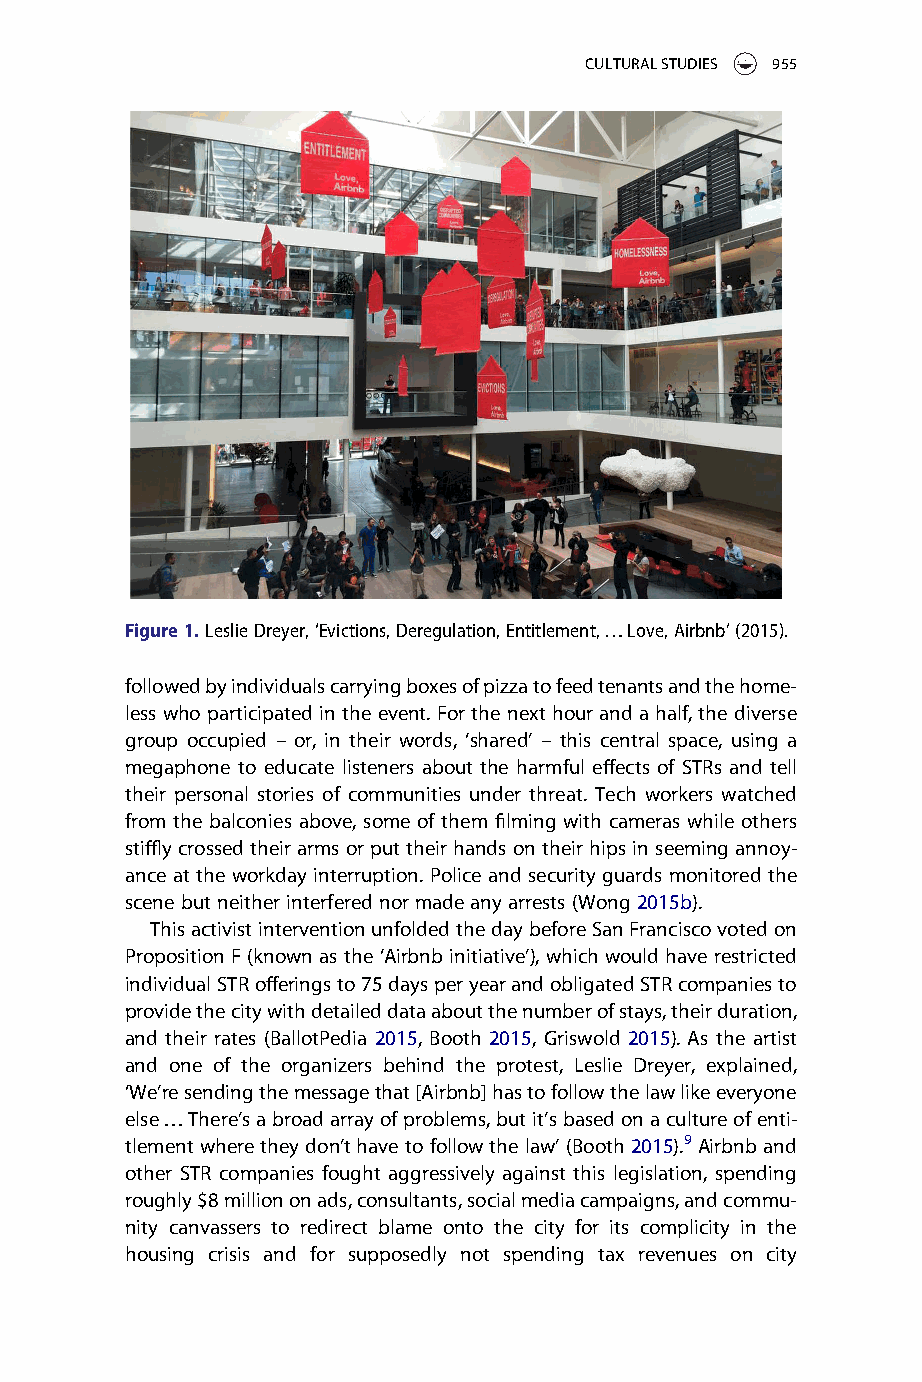
CULTURALSTUDIES 955
 Figure1.LeslieDreyer,‘Evictions,Deregulation,Entitlement,…Love,Airbnb’(2015).
 followedbyindividualscarryingboxesofpizzatofeedtenantsandthehome-
 less whoparticipated inthe event.Forthe nexthourand a half,the diverse
 group occupied – or, in their words, ‘shared’ – this central space, using a
 megaphone to educate listeners about the harmful effects of STRs and tell
 their personal stories of communities under threat. Tech workers watched
 from the balconies above, some of them filming with cameras while others
 stifflycrossed theirarms orput theirhandsontheir hipsinseemingannoy-
 ance at the workday interruption. Police and security guards monitored the
 scene but neitherinterfered nor made anyarrests (Wong 2015b).
 ThisactivistinterventionunfoldedthedaybeforeSanFranciscovotedon
 Proposition F(knownas the‘Airbnbinitiative’),whichwould haverestricted
 individualSTRofferingsto75daysperyearandobligatedSTRcompaniesto
 providethecitywithdetaileddataaboutthenumberofstays,theirduration,
 and their rates (BallotPedia 2015, Booth 2015, Griswold 2015). As the artist
 and one of the organizers behind the protest, Leslie Dreyer, explained,
 ‘We’resendingthemessagethat[Airbnb]hastofollowthelawlikeeveryone
 else…There’sabroadarrayofproblems,butit’sbasedonacultureofenti-
 tlementwheretheydon’thavetofollowthelaw’(Booth2015).9Airbnband
 other STR companies fought aggressively against this legislation, spending
 roughly$8milliononads,consultants,socialmediacampaigns,andcommu-
 nity canvassers to redirect blame onto the city for its complicity in the
 housing crisis and for supposedly not spending tax revenues on city